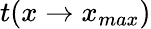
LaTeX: t(x\to x_{max})